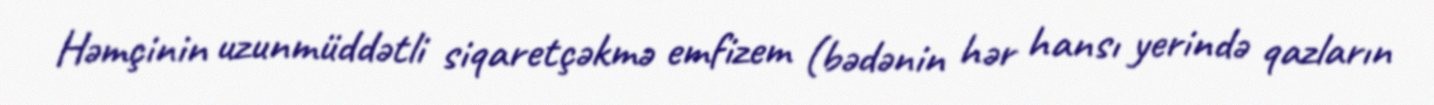
Həmçinin uzunmüddətli siqaretçəkmə emfizem (bədənin hər hansı yerində qazların